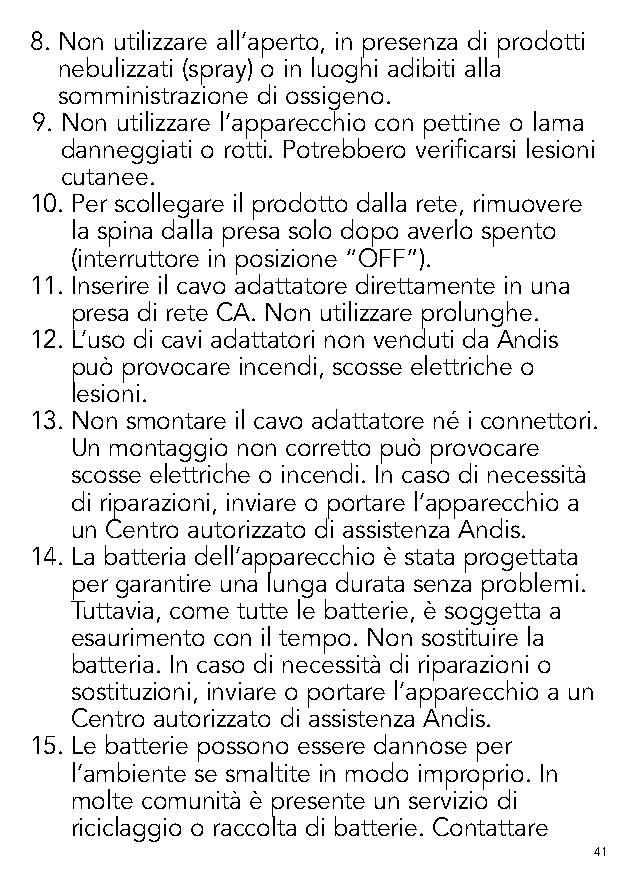
8. Non utilizzare all’aperto, in presenza di prodotti
 nebulizzati (spray) o in luoghi adibiti alla
 somministrazione di ossigeno.
 9. Non utilizzare l’apparecchio con pettine o lama
 danneggiati o rotti. Potrebbero verificarsi lesioni
 cutanee.
 10. P er scollegare il prodotto dalla rete, rimuovere
 la spina dalla presa solo dopo averlo spento
 (interruttore in posizione “OFF”).
 11. I nserire il cavo adattatore direttamente in una
 presa di rete CA. Non utilizzare prolunghe.
 12. L ’uso di cavi adattatori non venduti da Andis
 può provocare incendi, scosse elettriche o
 lesioni.
 13. N on smontare il cavo adattatore né i connettori.
 Un montaggio non corretto può provocare
 scosse elettriche o incendi. In caso di necessità
 di riparazioni, inviare o portare l’apparecchio a
 un Centro autorizzato di assistenza Andis.
 14. L a batteria dell’apparecchio è stata progettata
 per garantire una lunga durata senza problemi.
 Tuttavia, come tutte le batterie, è soggetta a
 esaurimento con il tempo. Non sostituire la
 batteria. In caso di necessità di riparazioni o
 sostituzioni, inviare o portare l’apparecchio a un
 Centro autorizzato di assistenza Andis.
 15. L e batterie possono essere dannose per
 l’ambiente se smaltite in modo improprio. In
 molte comunità è presente un servizio di
 riciclaggio o raccolta di batterie. Contattare
 41